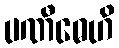
ပဏီဓေဟိ